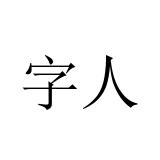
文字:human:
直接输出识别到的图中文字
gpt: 字人